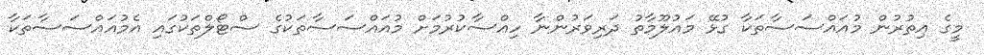
މީގެ އިތުރުން މުއައްސަސާތަކާ ގުޅޭ މައުލޫމާތު ދަރިވަރުންނާ ހިއްސާކުރުމަށް މުއައްސަސާތަކުގެ ސްޓޯލްތަކުގައި އެމުއައްސަސާތަކާ